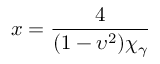
x = \frac { 4 } { ( 1 - \upsilon ^ { 2 } ) \chi _ { \gamma } }